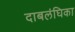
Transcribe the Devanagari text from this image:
दाबलंघिका